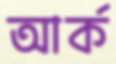
আর্ক